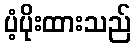
ပံ့ပိုးထားသည်